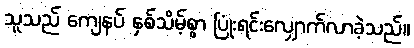
သူသည် ကျေနပ် နှစ်သိမ့်စွာ ပြုံးရင်းလျှောက်လာခဲ့သည်။